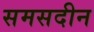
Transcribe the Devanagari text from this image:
समसदीन